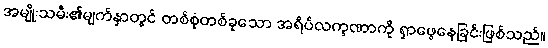
အမျိုးသမီး၏မျက်နှာတွင် တစ်စုံတစ်ခုသော အရိပ်လက္ခဏာကို ရှာဖွေနေခြင်းဖြစ်သည်။